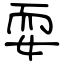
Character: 耍